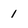
Character: 1